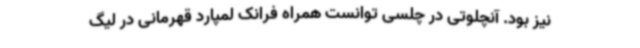
نیز بود. آنچلوتی در چلسی توانست همراه فرانک لمپارد قهرمانی در لیگ